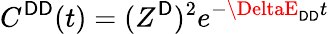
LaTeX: C^{\mathsf{D}\mathsf{D}}(t)=(Z^{\mathsf{D}})^{2}e^{-\DeltaE_{\mathsf{D}\mathsf{D}}t}